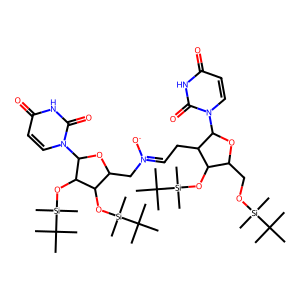
SMILES: CC(C)(C)[Si](C)(C)OCC1OC(n2ccc(=O)[nH]c2=O)C(CC=[N+]([O-])CC2OC(n3ccc(=O)[nH]c3=O)C(O[Si](C)(C)C(C)(C)C)C2O[Si](C)(C)C(C)(C)C)C1O[Si](C)(C)C(C)(C)C
Inhibits HIV replication: No